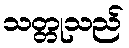
သတ္တုသည်